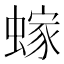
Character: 𫋕